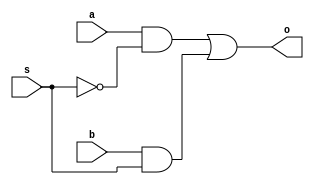
`timescale 1ns / 1ps

module twoxonemux(a,b,s,o);
input a,b; input s; output o;

wire sn,asn,bs;
not n0(sn,s);
and a0(asn,a,sn);
and a1(bs,b,s);
or o0(o,asn,bs);

endmodule